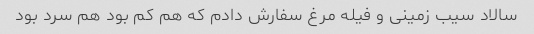
سالاد سیب زمینى و فیله مرغ سفارش دادم که هم کم بود هم سرد بود